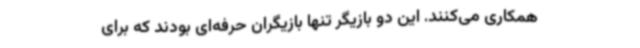
همکاری می‌کنند. این دو بازیگر تنها بازیگران حرفه‌ای بودند که برای